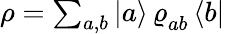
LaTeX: \begin{array}{r}{\rho=\sum_{a,b}{\left|{a}\right\rangle}\, \varrho_{ab}^{\ }\, {\left\langle{b}\right|}}\end{array}